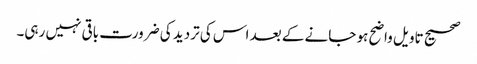
صحیح تاویل واضح ہو جانے کے بعد اس کی تردید کی ضرورت باقی نہیں رہی۔